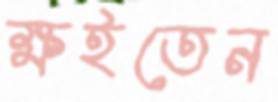
ক্ষইতেন